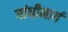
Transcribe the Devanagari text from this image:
गांधीमार्ग